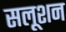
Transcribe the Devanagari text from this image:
सलूशन